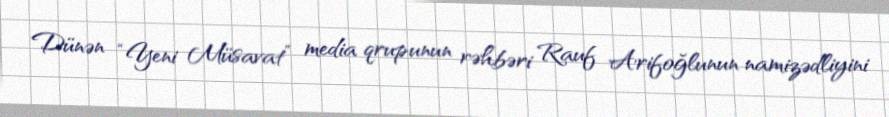
Dünən “Yeni Müsavat” media qrupunun rəhbəri Rauf Arifoğlunun namizədliyini